Vital statistics of India. Vol. IV, Annual returns from 1871 to 1876. British Army of India, Native Army and jails of Bengal
Year: 1871
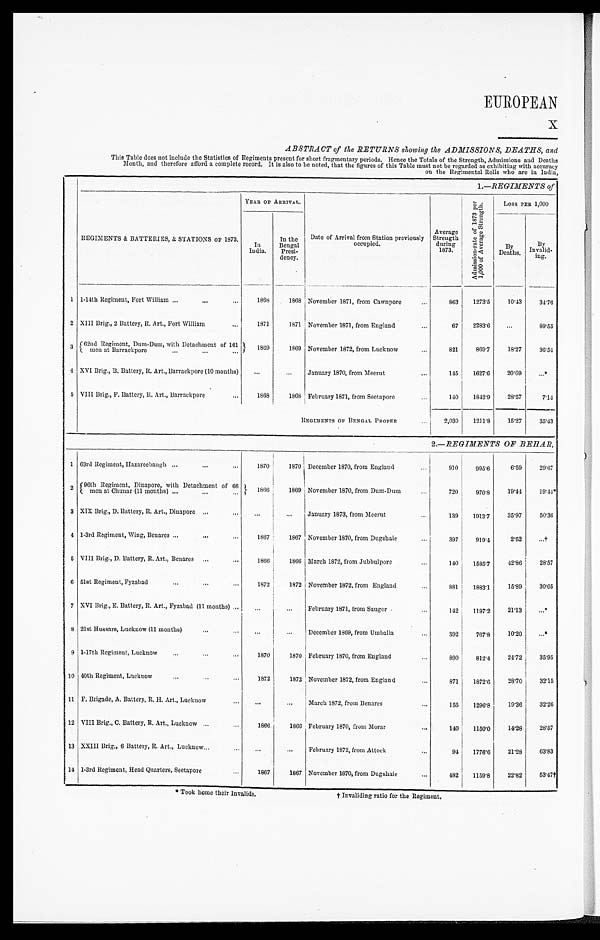
EUROPEAN
ABSTRACT of the RETURNS showing the ADMISSIONS, DEATHS, and
This Table does not include the Statistics of Regiments present for short fragmentary periods. Hence the Totals of the Strength, Admissions and Deaths
Month, and therefore afford a complete record. It is also to be noted, that the figures of this Table must not be regarded as exhibiting with accuracy
on the Regimental Rolls who are in India,
1.—REGIMENTS of
REGIMENTS & BATTERIES, & STATIONS OF 1873.
YEAR OF ARRIVAL.
Date of Arrival from Station previously
o c c u p i e d .
Average
Strength
during
1873.
A d m i s s i o n - r a t e o f 1 8 7 3 p e r 1 , 0 0 0 o f A v e r a g e S t r e n g t h . I Loss PER 1,000
In
India.
In the
Bengal
Presi-
dency.
By
Deaths
B y
Invalid-
i n g .
1 1-14th Regiment, Fort William . . .
1868
1868 November 1871, from Cawnpore . . .
863
1273.5
10.43
34.76
2 XIII Brig., 2 Battery, R. Art., Fort William
. . .
1871
1871 November 1871, from England
. . .
67
2283.6
. . .
89.55
3 62nd Regiment, Dum-Dum, with Detachment of 161
- m e n a t B a r r a c k p o r e . . .
1869
1869 November 1872, from Lucknow
. . .
821
869.7
18.27
36.54
4 XVI Brig., B. Battery, R. Art,, Barrackpore (10 months)
. . .
. . .
January 1870, from Meerut
. . .
145
1627.6
20.69
. . . *
5 VIII Brig., F. Battery, R. Art., Barrackpore
. . .
1868
1868 February 1871, from Seetapore . . .
140
1842.9
28.57
7.14
REGIMENTS OF BENGAL P R O P E R . . .
2,030
1211.8
15.27
35.43
2.—REGIMENTS OF BEHAR,
1 63rd Regiment, Hazareebaugh
. . .
1870
1870 December 1870, from England . . .
910
995.6
6.59
29.67
2
96th Regiment, Dinapore, with Detachment of 66
m e n a t C h u n a r ( 1 1 m o n t h s ) . . .
1866
1869 November 1870, from Dum-Dum . . .
720
970.8
19.44
19.44*
3 XIX Brig., D. Battery, R. Art., Dinapore
. . .
. . .
. . . January 1873, from Meerut . . .
139
1913.7
35.97
50.36
4 1-3rd Regiment, Wing, Benares . . .
1867
1867 November 1870, from Dugshaie . . .
3 9 7
919.4
2.52
. . . †
5 VIII Brig., D. Battery, R. Art., Benares . . .
1866
1866 March 1872, from Jubbulpore . . .
140
1585.7
42.86
28.57
6 51st Regiment, Fyzabad
. . .
1872
1872 November 1872, from England . . .
881
1883.1
15.89
30.65
7 XVI Brig., E. Battery, R. Art, Fyzabad (11 months) . . .
. . .
. . . February 1871, from Saugor . . .
142
1197.2
21.13
. . . *
8 21st Hussars, Lucknow (11 months). . .
. . .
. . . December 1869, from Umballa
. . .
392
767.8
10.20
. . . *
9
.
1-17th Regiment, Lucknow. . .
1870
1870 February 1870, from England . . .
890
812.4
24.72
35.95
10 40th Regiment, Lucknow
. . .
1872
1872 November 1872, from England
. . .
871
1872.6
28.70
32.15
11 F. Brigade, A. Battery, R. H. Art,, Lucknow . . .
. . .
. . . March 1872, from Benares . . .
155
1296.8
19.36
32.26
12 VIII Brig., C. Battery, R. Art., Lucknow . . .
1866
1866 February 1870, from Morar . . .
140
1150.0
14.28
28.57
13 XXIII Brig., 6 Battery, R. Art., Lucknow . . .
. . .
. . .February 1872, from Attock
. . .
94
1776.6
21.28
63.83
14 1-3rd Regiment, Head Quarters, Seetapore . . .
1867
1867 November 1870, from Dugshaie
. . .
482
1159.8
22.82
53.47†
* Took home their Invalids.
† Invaliding ratio for the Regiment.